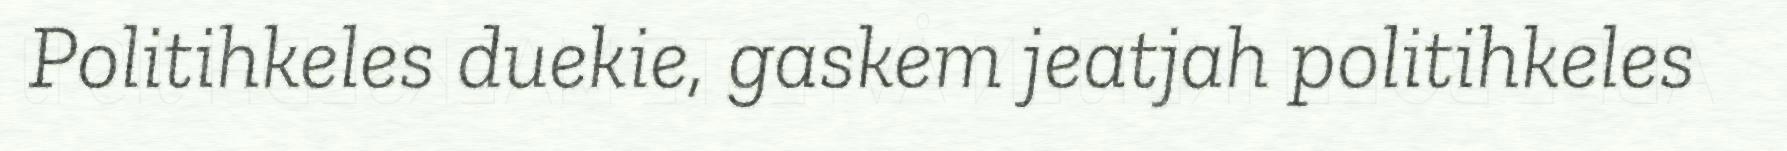
Politihkeles duekie, gaskem jeatjah politihkeles